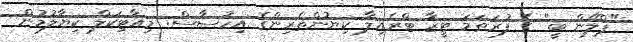
"ޕްލޭން ބީ" ގެ ފުރަތަމަ ޓީޒާ ޓްރެއިލާ ކިޔުންތެރިންގެ އިހުސާސް: މިއާޓިކަލް ކިޔާލުމުން